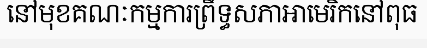
នៅមុខគណៈកម្មការព្រឹទ្ធសភាអាមេរិកនៅពុធ